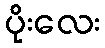
ပိုးလေး